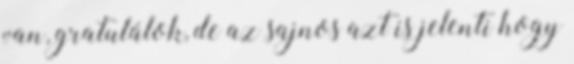
van, gratulálok, de az sajnos azt is jelenti hogy